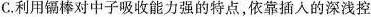
C. 利用镉棒对中子吸收能力强的特点，依靠插入的深浅控